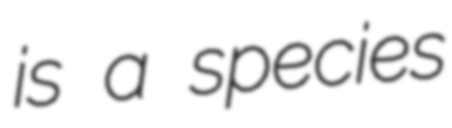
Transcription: is a species